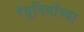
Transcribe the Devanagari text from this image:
रेयूनियोंच्या